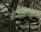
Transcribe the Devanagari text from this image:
बंदीवानांना